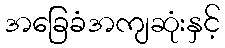
အခြေခံအကျဆုံးနှင့်